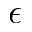
\epsilon